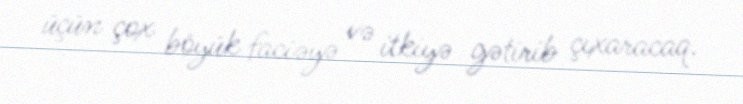
üçün çox böyük faciəyə və itkiyə gətirib çıxaracaq.